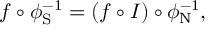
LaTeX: f \circ \phi _ { \mathrm { S } } ^ { - 1 } = ( f \circ I ) \circ \phi _ { \mathrm { N } } ^ { - 1 } ,